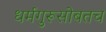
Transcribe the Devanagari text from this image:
धर्मगुरूसोबतच